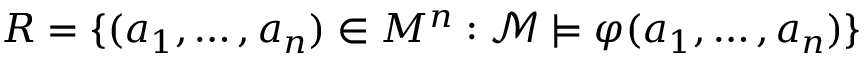
R = \{ ( a _ { 1 } , \ldots , a _ { n } ) \in M ^ { n } : { \mathcal { M } } \vDash \varphi ( a _ { 1 } , \ldots , a _ { n } ) \}